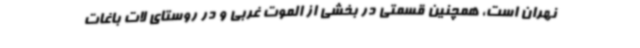
نهران است، همچنین قسمتی در بخشی از الموت غربی و در روستای لات باغات